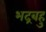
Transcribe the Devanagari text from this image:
भद्रबहु